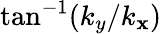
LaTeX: \tan^{-1}(k_{y}/k_{\mathbf{x}})